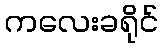
ကလေးခရိုင်